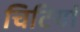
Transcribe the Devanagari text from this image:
चिटियां